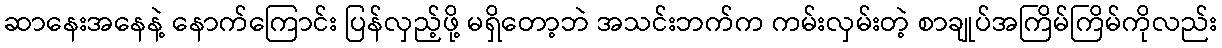
ဆာနေးအနေနဲ့ နောက်ကြောင်း ပြန်လှည့်ဖို့ မရှိတော့ဘဲ အသင်းဘက်က ကမ်းလှမ်းတဲ့ စာချုပ်အကြိမ်ကြိမ်ကိုလည်း